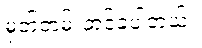
မှတ်တမ်းတင်ခဲ့ပါတယ်။